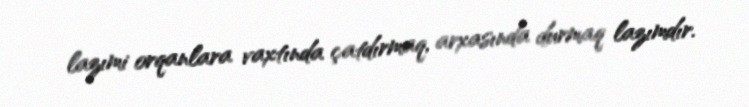
lazımi orqanlara vaxtında çatdırmaq, arxasında durmaq lazımdır.